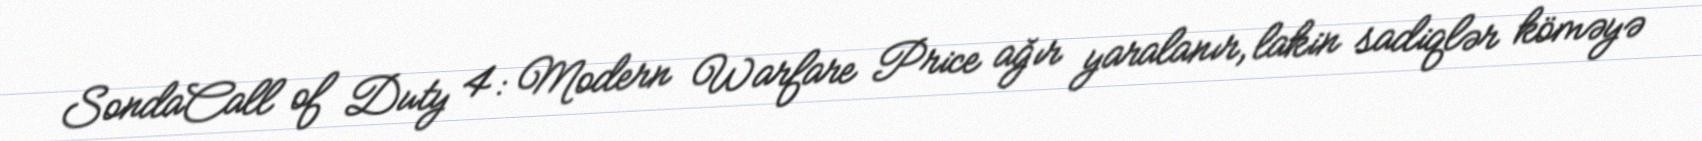
SondaCall of Duty 4: Modern Warfare Price ağır yaralanır, lakin sadiqlər köməyə